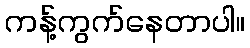
ကန့်ကွက်နေတာပါ။